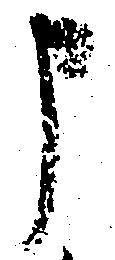
申